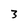
Character: 3